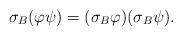
LaTeX: \begin{align*} \sigma_{B}(\varphi\psi)=(\sigma_{B}\varphi)(\sigma_{B}\psi). \end{align*}